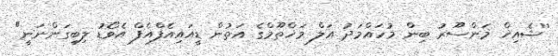
''ޝެއިޚް މަންސޫރު ބިން މުހައްމަދު އަލް މަޚްތޫމްގެ އަތުން ޑީއައިއެފްއެފް އެވޯޑު ލިބިގަންނަނީ"